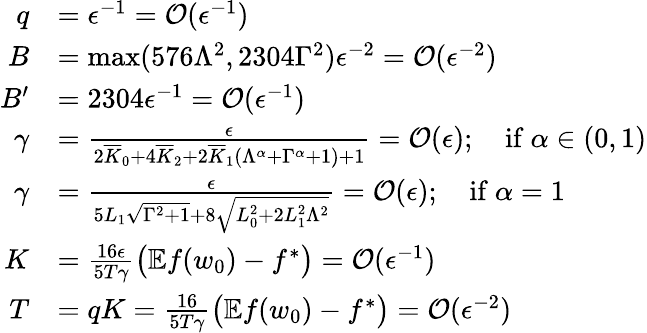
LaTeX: \begin{array}{rl}{q}&{=\epsilon^{-1}=\mathcal{O}(\epsilon^{-1})}\\ {B}&{=\operatorname*{max}(576\Lambda^{2},2304\Gamma^{2})\epsilon^{-2}=\mathcal{O}(\epsilon^{-2})}\\ {B^{\prime}}&{=2304\epsilon^{-1}=\mathcal{O}(\epsilon^{-1})}\\ {\gamma}&{=\frac{\epsilon}{2\overline{{K}}_{0}+4\overline{{K}}_{2}+2\overline{{K}}_{1}(\Lambda^{\alpha}+\Gamma^{\alpha}+1)+1}=\mathcal{O}(\epsilon);\quad\mathrm{if~}\alpha\in(0,1)}\\ {\gamma}&{=\frac{\epsilon}{5L_{1}\sqrt{\Gamma^{2}+1}+8\sqrt{L_{0}^{2}+2L_{1}^{2}\Lambda^{2}}}=\mathcal{O}(\epsilon);\quad\mathrm{if~}\alpha=1}\\ {K}&{=\frac{16\epsilon}{5T\gamma}\big(\mathbb{E}f(w_{0})-f^{*}\big)=\mathcal{O}(\epsilon^{-1})}\\ {T}&{=qK=\frac{16}{5T\gamma}\big(\mathbb{E}f(w_{0})-f^{*}\big)=\mathcal{O}(\epsilon^{-2})}\end{array}